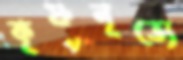
কৃষ্ণনৃত্যে